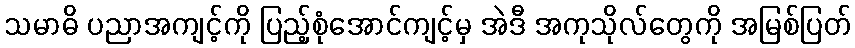
သမာဓိ ပညာအကျင့်ကို ပြည့်စုံအောင်ကျင့်မှ အဲဒီ အကုသိုလ်တွေကို အမြစ်ပြတ်